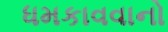
ધમકાવવાનો